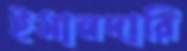
ইমানদারি